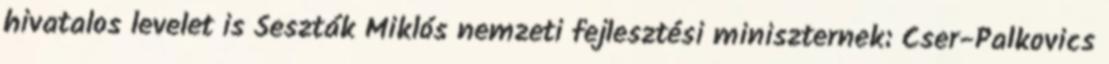
hivatalos levelet is Seszták Miklós nemzeti fejlesztési miniszternek: Cser-Palkovics